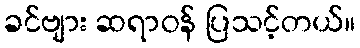
ခင်ဗျား ဆရာဝန် ပြသင့်တယ်။